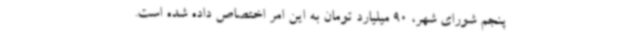
پنجم شورای شهر، 90 میلیارد تومان به این امر اختصاص داده شده است.